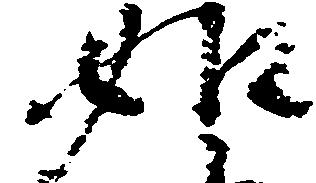
如